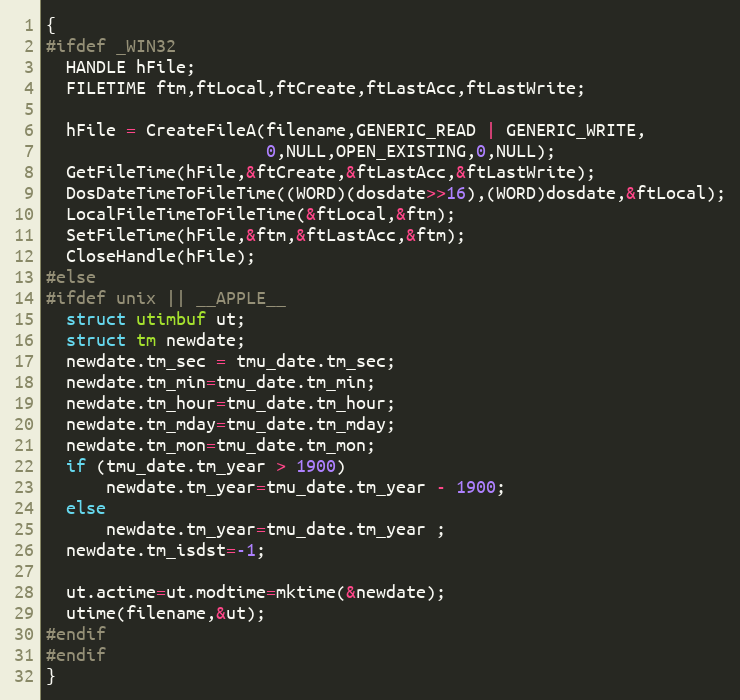
Language: C
{
#ifdef _WIN32
  HANDLE hFile;
  FILETIME ftm,ftLocal,ftCreate,ftLastAcc,ftLastWrite;

  hFile = CreateFileA(filename,GENERIC_READ | GENERIC_WRITE,
                      0,NULL,OPEN_EXISTING,0,NULL);
  GetFileTime(hFile,&ftCreate,&ftLastAcc,&ftLastWrite);
  DosDateTimeToFileTime((WORD)(dosdate>>16),(WORD)dosdate,&ftLocal);
  LocalFileTimeToFileTime(&ftLocal,&ftm);
  SetFileTime(hFile,&ftm,&ftLastAcc,&ftm);
  CloseHandle(hFile);
#else
#ifdef unix || __APPLE__
  struct utimbuf ut;
  struct tm newdate;
  newdate.tm_sec = tmu_date.tm_sec;
  newdate.tm_min=tmu_date.tm_min;
  newdate.tm_hour=tmu_date.tm_hour;
  newdate.tm_mday=tmu_date.tm_mday;
  newdate.tm_mon=tmu_date.tm_mon;
  if (tmu_date.tm_year > 1900)
      newdate.tm_year=tmu_date.tm_year - 1900;
  else
      newdate.tm_year=tmu_date.tm_year ;
  newdate.tm_isdst=-1;

  ut.actime=ut.modtime=mktime(&newdate);
  utime(filename,&ut);
#endif
#endif
}